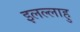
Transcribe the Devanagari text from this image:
इलल्लाहु